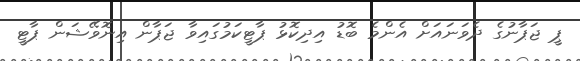
ޕީ ޖަޕާނުގެ ދެވަނައަށް އެންމެ ބޮޑު އިދިކޮޅު ޕާޓީކަމުގައިވާ ޖަޕާން އިނޮވޭޝަން ޕާޓީ